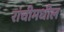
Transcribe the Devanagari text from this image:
रांचीमधील